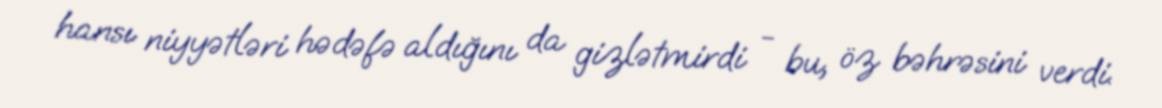
hansı niyyətləri hədəfə aldığını da gizlətmirdi - bu, öz bəhrəsini verdi.